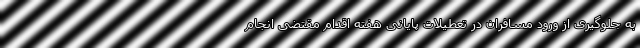
به جلوگیری از ورود مسافران در تعطیلات پایانی هفته اقدام مقتضی انجام